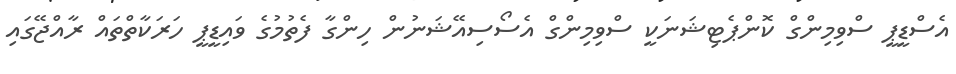
އެސްޑީޕީ ސްވިމިންގް ކޮންޕެޓިޝަނަކީ ސްވިމިންގް އެސޯސިއޭޝަނުން ހިންގާ ފެތުމުގެ ވައިޑީޕީ ހަރަކާތްތައް ރާއްޖޭގައި